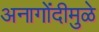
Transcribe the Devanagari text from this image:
अनागोंदीमुळे